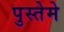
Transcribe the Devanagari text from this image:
पुस्तेमे